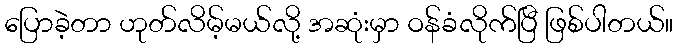
ပြောခဲ့တာ ဟုတ်လိမ့်မယ်လို့ အဆုံးမှာ ဝန်ခံလိုက်ပြီ ဖြစ်ပါတယ်။